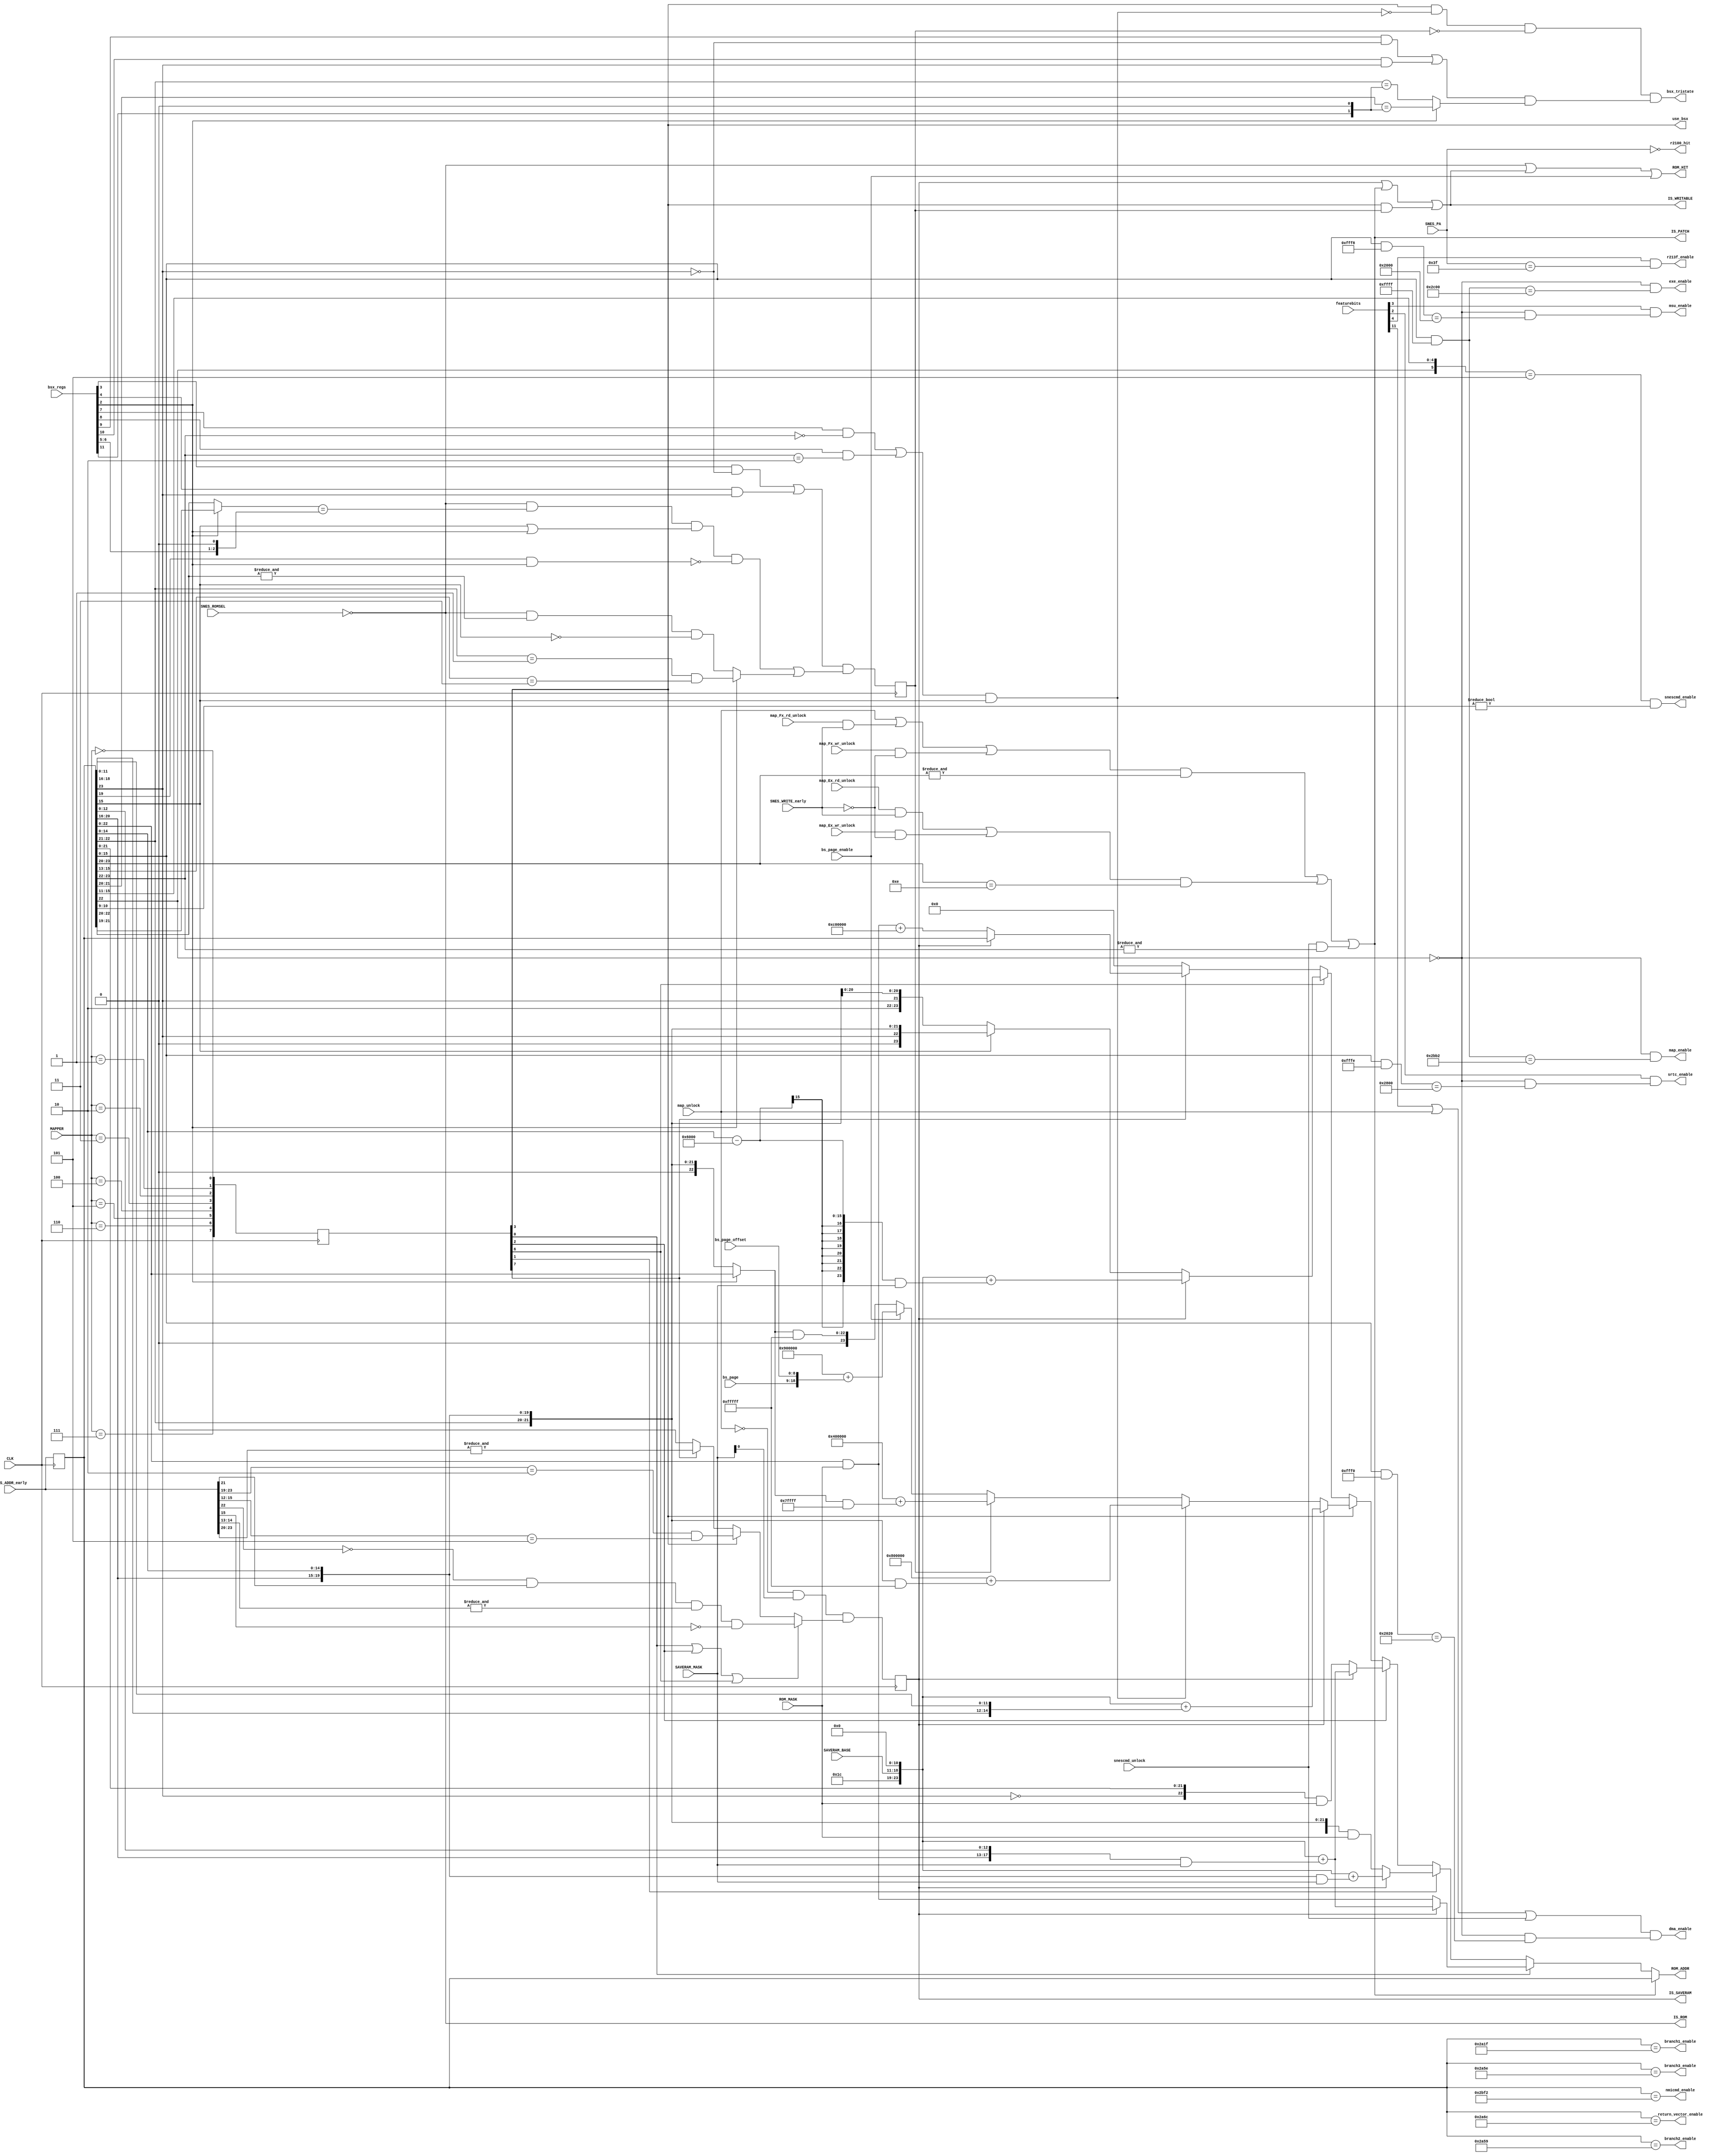
module address(
  input CLK,
  input [15:0] featurebits, // peripheral enable/disable
  input [2:0] MAPPER,       // MCU detected mapper
  input [23:0] SNES_ADDR_early,   // requested address from SNES
  input SNES_WRITE_early,
  input [7:0] SNES_PA,      // peripheral address from SNES
  input SNES_ROMSEL,        // ROMSEL from SNES
  output [23:0] ROM_ADDR,   // Address to request from SRAM0
  output ROM_HIT,           // enable SRAM0
  output IS_SAVERAM,        // address/CS mapped as SRAM?
  output IS_ROM,            // address mapped as ROM?
  output IS_WRITABLE,       // address somehow mapped as writable area?
  output IS_PATCH,          // linear address map (C0-FF, Ex/Fx)
  input [7:0] SAVERAM_BASE,
  input [23:0] SAVERAM_MASK,
  input [23:0] ROM_MASK,
  input  map_unlock,
  input  map_Ex_rd_unlock,
  input  map_Ex_wr_unlock,
  input  map_Fx_rd_unlock,
  input  map_Fx_wr_unlock,
  input  snescmd_unlock,
  output msu_enable,
  output dma_enable,
  output srtc_enable,
  output use_bsx,
  output bsx_tristate,
  input [14:0] bsx_regs,
  output r213f_enable,
  output r2100_hit,
  output snescmd_enable,
  output nmicmd_enable,
  output return_vector_enable,
  output branch1_enable,
  output branch2_enable,
  output branch3_enable,
  output exe_enable,
  output map_enable,
  input [8:0] bs_page_offset,
  input [9:0] bs_page,
  input bs_page_enable
);
/* feature bits. see src/fpga_spi.c for mapping */
parameter [3:0]
  FEAT_SRTC = 2,
  FEAT_MSU1 = 3,
  FEAT_213F = 4,
  FEAT_SNESUNLOCK = 5,
  FEAT_2100 = 6,
  FEAT_DMA1 = 11
;
integer i;
reg [7:0] MAPPER_DEC; always @(posedge CLK) for (i = 0; i < 8; i = i + 1) MAPPER_DEC[i] <= (MAPPER == i);
reg [23:0] SNES_ADDR; always @(posedge CLK) SNES_ADDR <= SNES_ADDR_early;
wire [23:0] SRAM_SNES_ADDR;
wire [23:0] SAVERAM_ADDR = {4'hE,1'b0,SAVERAM_BASE,11'h0};
/* currently supported mappers:
   Index     Mapper
      000      HiROM
      001      LoROM
      010      ExHiROM (48-64Mbit)
      011      BS-X
      110      brainfuck interleaved 96MBit Star Ocean =)
      111      menu (ROM in upper SRAM)
*/
/* HiROM:   SRAM @ Bank 0x30-0x3f, 0xb0-0xbf
            Offset 6000-7fff */
assign IS_ROM = ~SNES_ROMSEL;
// Calculate pre IS_SAVERAM to relax timing.  Uses
// early SNES_ADDR from main.
assign IS_SAVERAM_pre = (~map_unlock & SAVERAM_MASK[0])
                    &((MAPPER_DEC[3'b000]
                        || MAPPER_DEC[3'b010]
                        || MAPPER_DEC[3'b110])
                      ? (!SNES_ADDR_early[22]
                         & SNES_ADDR_early[21]
                         & &SNES_ADDR_early[14:13]
                         & !SNES_ADDR_early[15]
                        )
/*  LoROM:   SRAM @ Bank 0x70-0x7d, 0xf0-0xff
                      :(MAPPER_DEC[3'b001])
                      ? (&SNES_ADDR_early[22:20]
                         & (~SNES_ROMSEL)
                         & (~SNES_ADDR_early[15] | ~ROM_MASK[21])
                        )
/*  BS-X: SRAM @ Bank 0x10-0x17 Offset 5000-5fff */
                      :(MAPPER_DEC[3'b011])
                      ? ((SNES_ADDR_early[23:19] == 5'b00010)
                         & (SNES_ADDR_early[15:12] == 4'b0101)
                        )
/*  Menu mapper: 8Mbit "SRAM" @ Bank 0xf0-0xff (entire banks!) */
                      :(MAPPER_DEC[3'b111])
                      ? (&SNES_ADDR_early[23:20])
                      : 1'b0);
reg IS_SAVERAM_r; always @(posedge CLK) IS_SAVERAM_r <= IS_SAVERAM_pre;
assign IS_SAVERAM = IS_SAVERAM_r;
// give the patch free reign over $F0-$FF banks
// map_unlock: F0-FF
// map_Ex: E0-EF
// map_Fx: F0-FF
// snescmd_unlock: C0-FF
assign IS_PATCH = ( (map_unlock
                     | (map_Fx_rd_unlock & SNES_WRITE_early)
                     | (map_Fx_wr_unlock & ~SNES_WRITE_early)
                    ) & (&SNES_ADDR[23:20])
                  )
                | ( ((map_Ex_rd_unlock & SNES_WRITE_early)
                    |(map_Ex_wr_unlock & ~SNES_WRITE_early)
                    ) & ({SNES_ADDR[23:20]} == 4'hE)
                  )
                | (snescmd_unlock & &SNES_ADDR[23:22]); // full access to C0-FF
/* BS-X has 4 MBits of extra RAM that can be mapped to various places */
// LoROM: A23 = r03/r04  A22 = r06  A21 = r05  A20 = 0    A19 = d/c
// HiROM: A23 = r03/r04  A22 = d/c  A21 = r06  A20 = r05  A19 = 0
wire [2:0] BSX_PSRAM_BANK = {bsx_regs[6], bsx_regs[5], 1'b0};
wire [2:0] SNES_PSRAM_BANK = bsx_regs[2] ? SNES_ADDR[21:19] : SNES_ADDR[22:20];
wire BSX_PSRAM_LOHI = (bsx_regs[3] & ~SNES_ADDR[23]) | (bsx_regs[4] & SNES_ADDR[23]);
reg BSX_IS_PSRAMr;
wire BSX_IS_PSRAM = BSX_IS_PSRAMr;
always @(posedge CLK) begin
  BSX_IS_PSRAMr <= BSX_PSRAM_LOHI
                     & (( IS_ROM & (SNES_PSRAM_BANK == BSX_PSRAM_BANK)
                         &(SNES_ADDR[15] | bsx_regs[2])
                         &(~(SNES_ADDR[19] & bsx_regs[2])))
                       | (bsx_regs[2]
                          ? (SNES_ADDR[22:21] == 2'b01 & SNES_ADDR[15:13] == 3'b011)
                          : (~SNES_ROMSEL & &SNES_ADDR[22:20] & ~SNES_ADDR[15]))
                       );
end
wire BSX_IS_CARTROM = ((bsx_regs[7] & (SNES_ADDR[23:22] == 2'b00))
                      |(bsx_regs[8] & (SNES_ADDR[23:22] == 2'b10)))
                      & SNES_ADDR[15];
wire BSX_HOLE_LOHI = (bsx_regs[9] & ~SNES_ADDR[23]) | (bsx_regs[10] & SNES_ADDR[23]);
wire BSX_IS_HOLE = BSX_HOLE_LOHI
                   & (bsx_regs[2] ? (SNES_ADDR[21:20] == {bsx_regs[11], 1'b0})
                                  : (SNES_ADDR[22:21] == {bsx_regs[11], 1'b0}));
assign bsx_tristate = (MAPPER_DEC[3'b011]) & ~BSX_IS_CARTROM & ~BSX_IS_PSRAM & BSX_IS_HOLE;
assign IS_WRITABLE = IS_SAVERAM
                     |IS_PATCH // allow writing of the patch region
                     |((MAPPER_DEC[3'b011]) & BSX_IS_PSRAM);
wire [23:0] BSX_ADDR = bsx_regs[2] ? {1'b0, SNES_ADDR[22:0]}
                                   : {2'b00, SNES_ADDR[22:16], SNES_ADDR[14:0]};
assign SRAM_SNES_ADDR = IS_PATCH
                        ? SNES_ADDR
                        : ((MAPPER_DEC[3'b000])
                          ?(IS_SAVERAM
                            ? SAVERAM_ADDR + ({SNES_ADDR[20:16], SNES_ADDR[12:0]}
                                            & SAVERAM_MASK)
                            : ({1'b0, SNES_ADDR[22:0]} & ROM_MASK))
                          :(MAPPER_DEC[3'b001])
                          ?(IS_SAVERAM
                            ? SAVERAM_ADDR + ({SNES_ADDR[20:16], SNES_ADDR[14:0]}
                                            & SAVERAM_MASK)
                            : ({1'b0, ~SNES_ADDR[23], SNES_ADDR[22:16], SNES_ADDR[14:0]}
                               & ROM_MASK))
                          :(MAPPER_DEC[3'b010])
                          ?(IS_SAVERAM
                            ? SAVERAM_ADDR + ({SNES_ADDR[20:16], SNES_ADDR[12:0]}
                                            & SAVERAM_MASK)
                            : ({1'b0, !SNES_ADDR[23], SNES_ADDR[21:0]}
                               & ROM_MASK))
                          :(MAPPER_DEC[3'b011])
                          ?(  IS_SAVERAM
                              ? SAVERAM_ADDR + {SNES_ADDR[18:16], SNES_ADDR[11:0]}
                              : BSX_IS_CARTROM
                              ? (24'h800000 + ({SNES_ADDR[22:16], SNES_ADDR[14:0]} & 24'h0fffff))
                              : BSX_IS_PSRAM
                              ? (24'h400000 + (BSX_ADDR & 24'h07FFFF))
                              : bs_page_enable
                              ? (24'h900000 + {bs_page,bs_page_offset})
                              : (BSX_ADDR & 24'h0fffff)
                           )
                           :(MAPPER_DEC[3'b110])
                           ?(IS_SAVERAM
                             ? SAVERAM_ADDR + ((SNES_ADDR[14:0] - 15'h6000)
                                             & SAVERAM_MASK)
                             :(SNES_ADDR[15]
                               ?({1'b0, SNES_ADDR[23:16], SNES_ADDR[14:0]})
                               :({2'b10,
                                  SNES_ADDR[23],
                                  SNES_ADDR[21:16],
                                  SNES_ADDR[14:0]}
                                )
                              )
                            )
                           :(MAPPER_DEC[3'b111])
                           ?(IS_SAVERAM
                             ? SNES_ADDR
                             : (({1'b0, SNES_ADDR[22:0]} & ROM_MASK)
                                + 24'hC00000)
                            )
                           : 24'b0);
assign ROM_ADDR = SRAM_SNES_ADDR;
assign ROM_HIT = IS_ROM | IS_WRITABLE | bs_page_enable;
assign msu_enable = featurebits[FEAT_MSU1] & (!SNES_ADDR[22] && ((SNES_ADDR[15:0] & 16'hfff8) == 16'h2000));
assign dma_enable = (featurebits[FEAT_DMA1] | map_unlock | snescmd_unlock) & (!SNES_ADDR[22] && ((SNES_ADDR[15:0] & 16'hfff0) == 16'h2020));
assign use_bsx = (MAPPER_DEC[3'b011]);
assign srtc_enable = featurebits[FEAT_SRTC] & (!SNES_ADDR[22] && ((SNES_ADDR[15:0] & 16'hfffe) == 16'h2800));
assign exe_enable =                           (!SNES_ADDR[22] && ((SNES_ADDR[15:0] & 16'hffff) == 16'h2C00));
assign map_enable =                           (!SNES_ADDR[22] && ((SNES_ADDR[15:0] & 16'hffff) == 16'h2BB2));
assign r213f_enable = featurebits[FEAT_213F] & (SNES_PA == 8'h3f);
assign r2100_hit = (SNES_PA == 8'h00);
// snescmd covers $2A00-$2FFF.  This overlaps with at least one hardware cheat device address range.
assign snescmd_enable = ({SNES_ADDR[22], SNES_ADDR[15:11]} == 6'b0_00101) && (SNES_ADDR[10:9] != 2'b00);
assign nmicmd_enable = (SNES_ADDR == 24'h002BF2);
assign return_vector_enable = (SNES_ADDR == 24'h002A6C);
assign branch1_enable = (SNES_ADDR == 24'h002A1F);
assign branch2_enable = (SNES_ADDR == 24'h002A59);
assign branch3_enable = (SNES_ADDR == 24'h002A5E);
endmodule